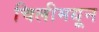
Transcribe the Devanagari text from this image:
चिलीमधून